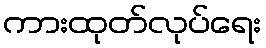
ကားထုတ်လုပ်ရေး